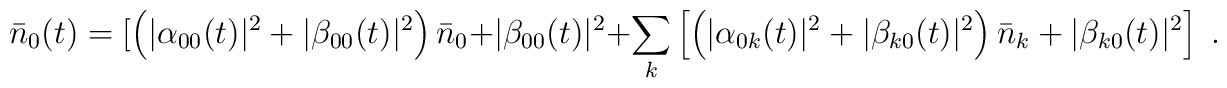
\bar{n}_0(t)=[\left(|\alpha_{00}(t)|^2+|\beta_{00}(t)|^2\right)\bar{n}_0+|\beta_{00}(t)|^2+\sum_{k}\left[\left(|\alpha_{0 k}(t)|^2+|\beta_{k 0}(t)|^2\right)\bar{n}_k+|\beta_{k 0}(t)|^2\right]\;.